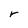
Character: r